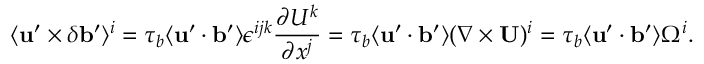
\langle { { \bf { u } } ^ { \prime } \times \delta { \bf { b } } ^ { \prime } } \rangle ^ { i } = \tau _ { b } \langle { { \bf { u } } ^ { \prime } \cdot { \bf { b } } ^ { \prime } } \rangle \epsilon ^ { i j k } \frac { \partial U ^ { k } } { \partial x ^ { j } } = \tau _ { b } \langle { { \bf { u } } ^ { \prime } \cdot { \bf { b } } ^ { \prime } } \rangle ( \nabla \times { \bf { U } } ) ^ { i } = \tau _ { b } \langle { { \bf { u } } ^ { \prime } \cdot { \bf { b } } ^ { \prime } } \rangle \Omega ^ { i } .